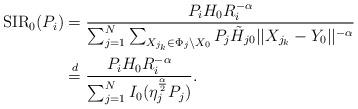
LaTeX: \begin{align*}\mathrm{SIR}_0(P_i) &= \frac{P_i H_0 R_i^{-\alpha}}{ \sum_{j=1}^{N}{\sum_{X_{j_k} \in \Phi_j \setminus X_0}{P_j \tilde{H}_{j0} ||X_{j_k} - Y_0 ||^{-\alpha}} } }\\&\stackrel{d}{=}\frac{P_i H_0 R_i^{-\alpha}}{\sum_{j=1}^{N}I_0(\eta_j^{\frac{\alpha}{2}}P_j)}.\end{align*}